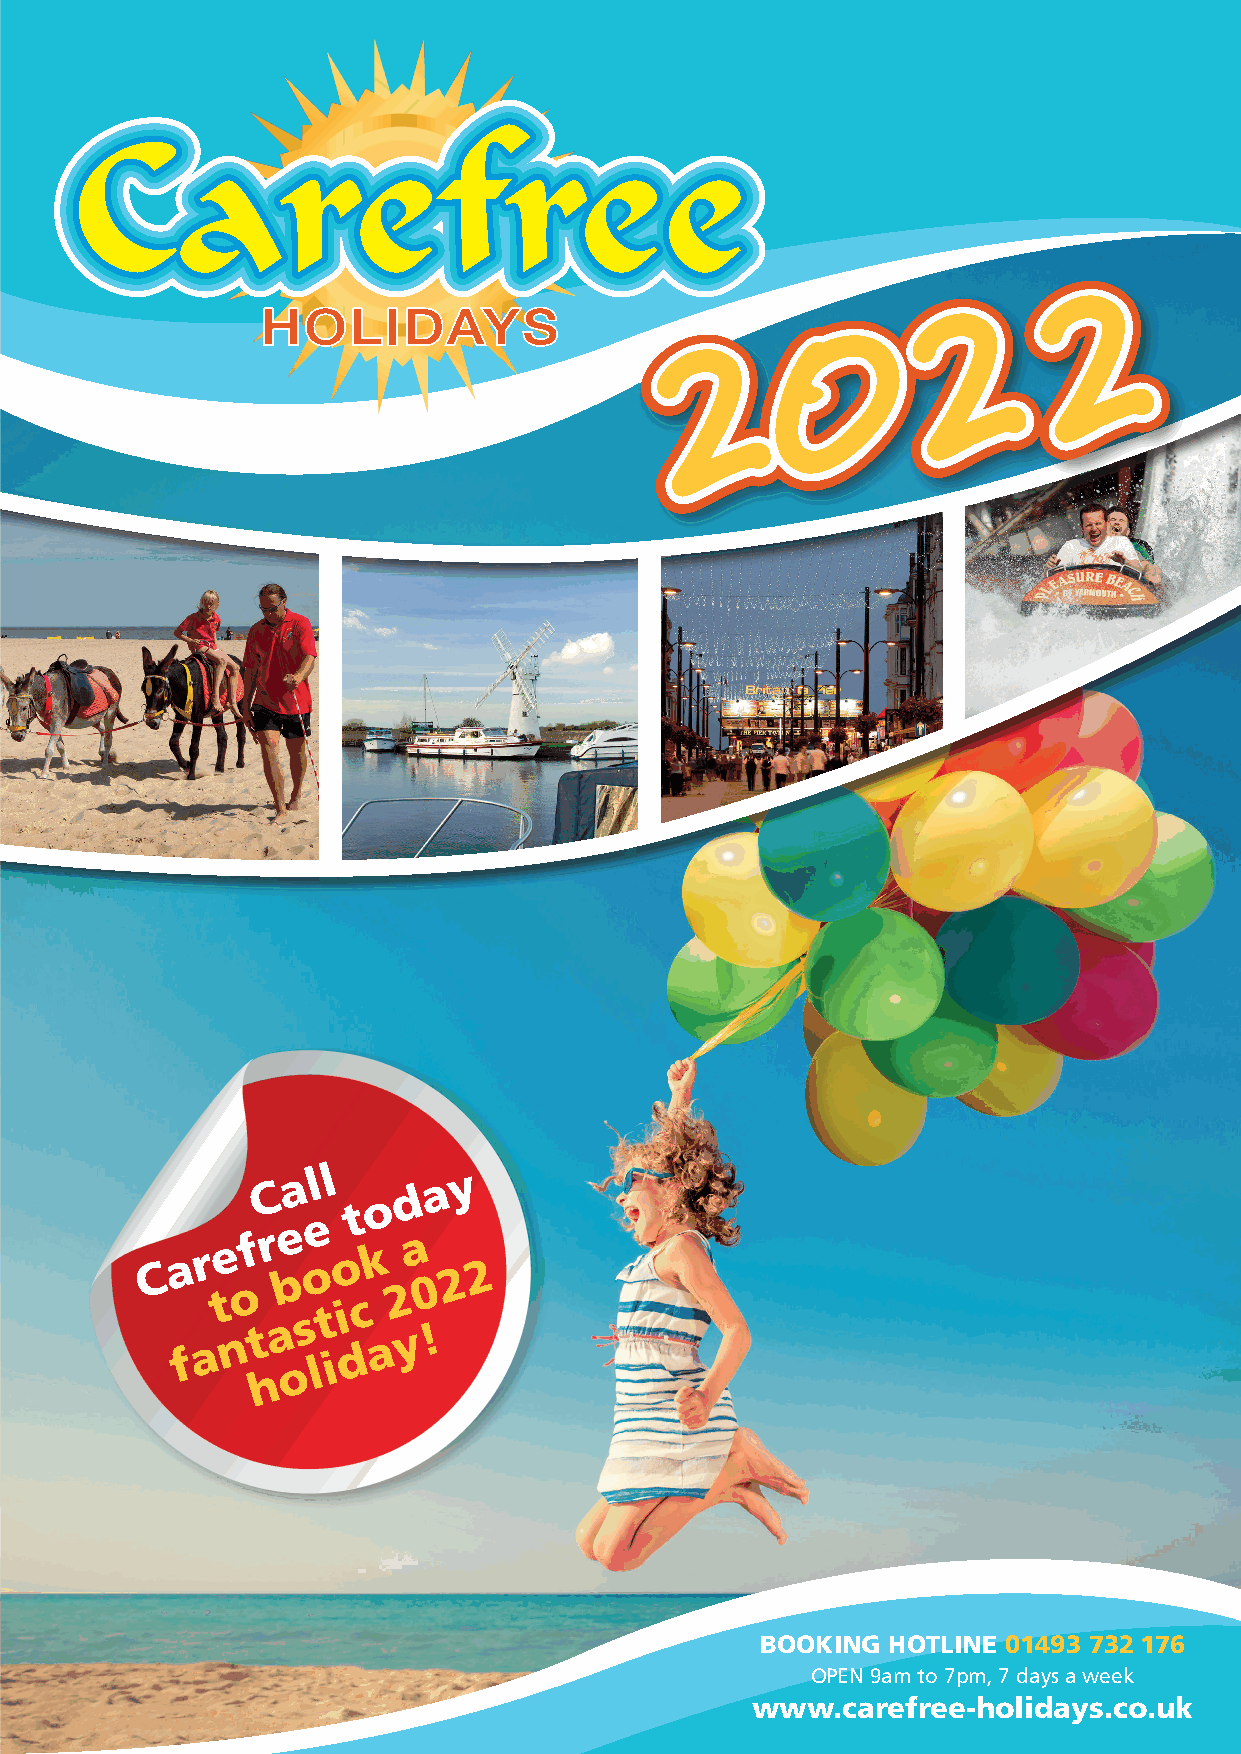
22222
 22222
 00000
 22222
 C a l l  d a y
 o
 e
 t
 e
 C a r e f r b o o k a 2 2
 o         2 0
 t         c
 s t i
 f a n t a o l i d a y !
 h
 BOOKING  HOTLINE 01493 732 176
 OPEN 9am to 7pm, 7 days a week
 www.carefree-holidays.co.uk